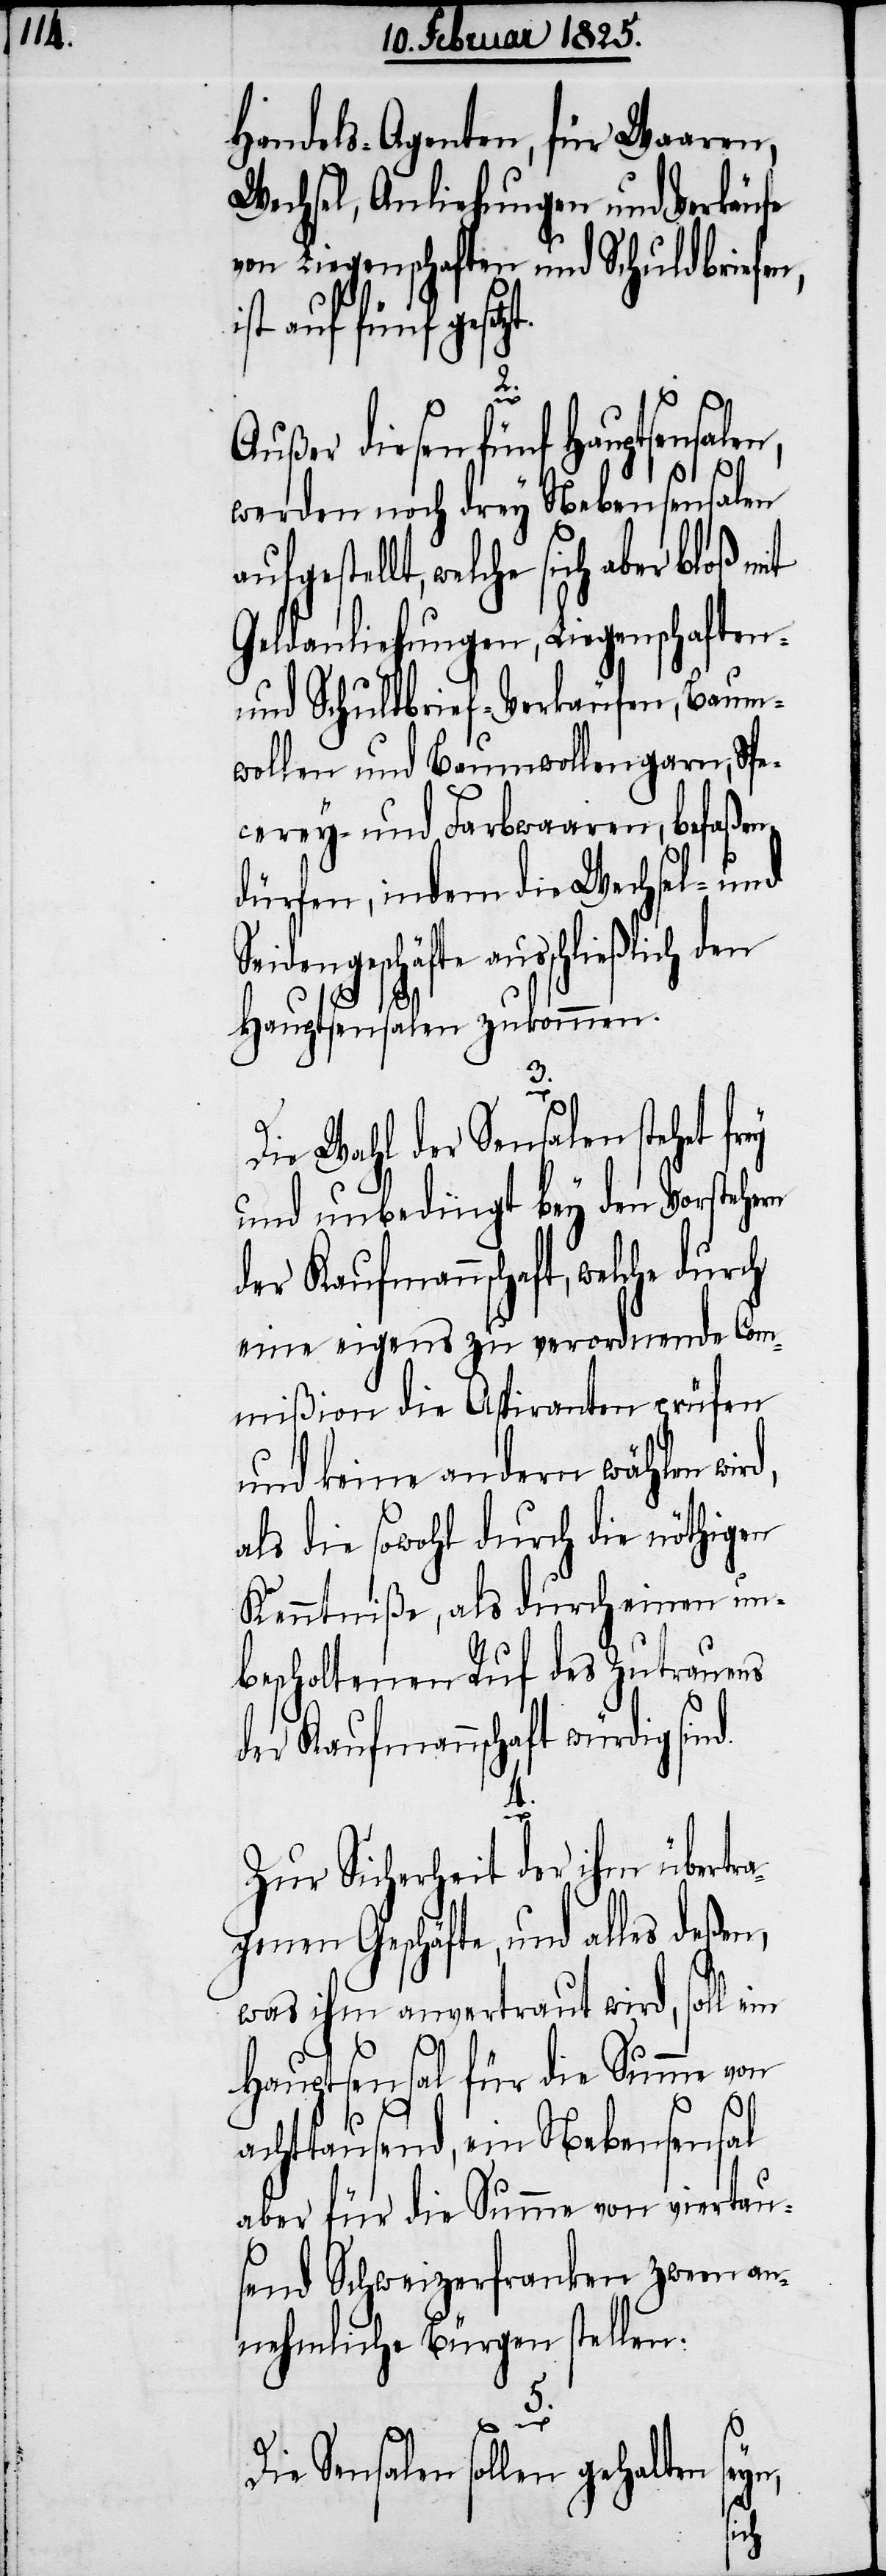
Handels-Agenten, für Waaren,
Wechsel, Anliehungen und Verkäufe
von Liegenschaften und Schuldbriefen,
ist auf fünf ge¬
ey
Außer diesen fünf Hauptsensalen,
werden noch drey Nebensensalen
estellt, welche sich aber bloß mit
Geldanliehungen, Liegenschaften-
und Schuldbrief-Verkäufen, Baum¬
wollen und Baumwollengarn, Spe¬
cerey- und Farbwaaren, befaßen
dürfen, indem die Wechsel- und
Seidengeschäfte ausschließlich den
aufg¬
Hauptsensalen zukommen.
3.
Die Wahl der Sensalen stehet fr¬
und unbedingt bey den Vorstehern
der Kaufmannschaft, welche durch
eine eigens zu verordnende Com¬
mißion die Aspiranten prüfen
und keine andern wählen
als die sowohl durch die nöthigen
Kenntniße, als durch einen un¬
bescholtenen Ruf des Zutrauens
der Kaufmannschaft würdig sind.
4.
Zur Sicherheit der ihm übertra¬
genen Geschäfte, und alles deßen,
was ihm anvertraut wird, soll ein
Hauptsensal für die Summe von
achttausend, ein Nebensensal
aber für die Summe von viertau¬
send Schweizerfranken zween an¬
nehmliche Bürgen stellen.
5.
seyn,
Die Sensalen sollen gehalten